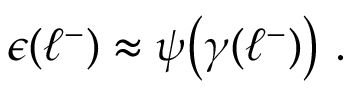
\begin{array} { r } { \epsilon ( \ell ^ { - } ) \approx \psi \bigl ( \gamma ( \ell ^ { - } ) \bigr ) ~ . } \end{array}